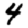
Digit: 4